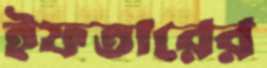
ইফতারের